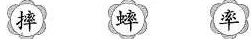
摔 蟀 率